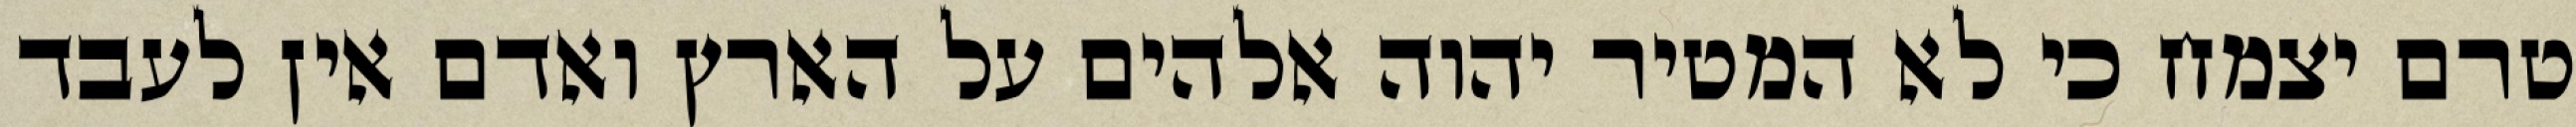
טרם יצמח כי לא המטיר יהוה אלהים על הארץ ואדם אין לעבד